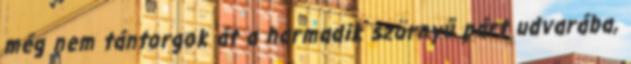
még nem tántorgok át a harmadik szörnyű párt udvarába,